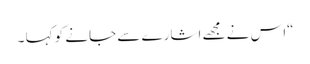
“اس نے مجھے اشارے سے جانے کو کہا ۔